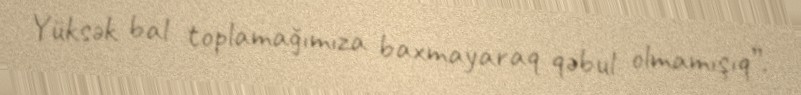
Yüksək bal toplamağımıza baxmayaraq qəbul olmamışıq”.